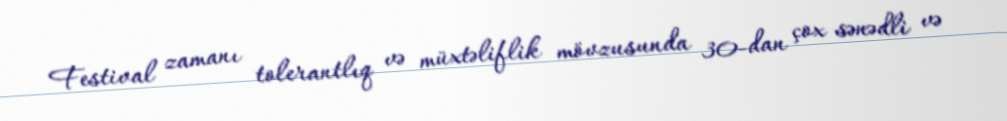
Festival zamanı tolerantlıq və müxtəliflik mövzusunda 30-dan çox sənədli və